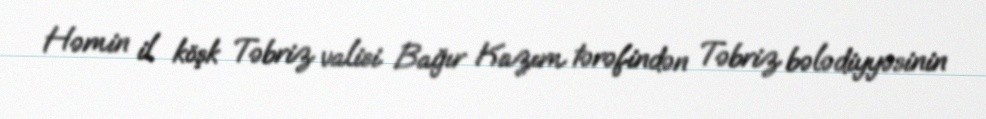
Həmin il köşk Təbriz valisi Bağır Kazım tərəfindən Təbriz bələdiyyəsinin